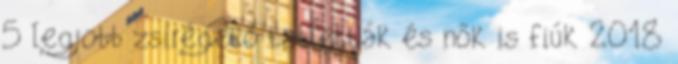
5 legjobb zsírégető tabletták és nők is fiúk 2018